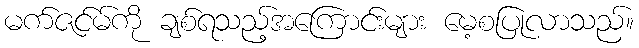
မက်ဇင်မ်ကို ချစ်ရသည့်အကြောင်းများ မေ့စပြုလာသည်။